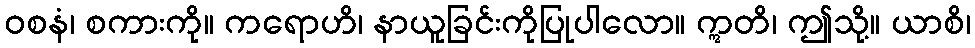
ဝစနံ၊ စကားကို။ ကရောဟိ၊ နာယူခြင်းကိုပြုပါလော။ ဣတိ၊ ဤသို့။ ယာစိ၊